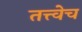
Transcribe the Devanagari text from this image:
तत्त्वेच